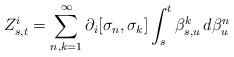
LaTeX: \begin{align*}Z_{s,t}^i = \sum_{n,k = 1}^{\infty} \partial_i[\sigma_n, \sigma_k] \int_s^t \beta_{s,u}^k\, d\beta_u^n\end{align*}